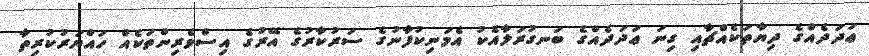
ޢަދަދެއްގެ ދިޔާތަކެއްޗާއި ގިނަ ޢަދަދެއްގެ ބަނގުރަލާއެކު އެމަނިކުފާނުގެ ސަރުކާރުގެ އޭރުގެ އިސްވެރިންތަކެއް ހައްޔަރުކުރިތާ